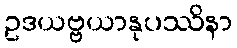
ဥဒယဗ္ဗယာနုပဿိနာ